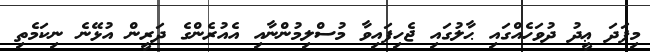
މިފަދަ ޢީދު ދުވަހެއްގައި ޙާލުގައި ޖެހިފައިވާ މުސްލިމުންނާއި އެއުރެންގެ ދަރީން އުޅޭނެ ނިކަމެތި